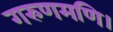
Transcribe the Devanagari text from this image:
गरुणमणि।